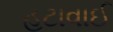
હટાવાઈ